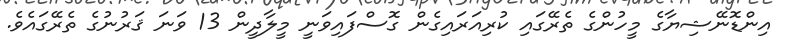
އިންޑޮނޭޝިޔާގެ މީހުންގެ ތެރޭގައި ކުރިއަރައިގެން ގޮސްފައިވަނީ މީލާދީން 13 ވަނަ ޤަރުނުގެ ތެރޭގައެވެ.